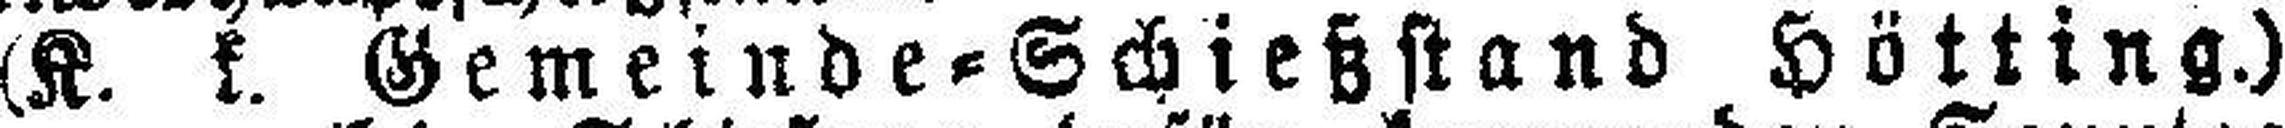
(K. k. Gemeinde=Schießstand Hötting.)